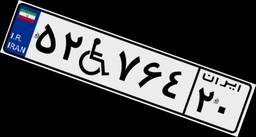
۵۲W۷۶۴۲۰